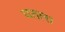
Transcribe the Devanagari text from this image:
घतला